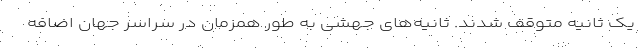
یک ثانیه متوقف شدند. ثانیه‌های جهشی به طور همزمان در سراسر جهان اضافه